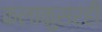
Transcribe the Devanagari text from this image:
कलाकुसरही